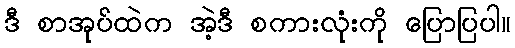
ဒီ စာအုပ်ထဲက အဲ့ဒီ စကားလုံးကို ပြောပြပါ။